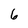
Character: 6